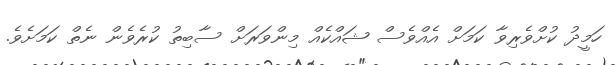
ހަމީދު ކުށްވެރިވާ ކަމަށް އެއްވެސް ޝައްކެއް މިންވަރަށް ސާބިތު ކުރެވެން ނެތް ކަމަށެވެ.